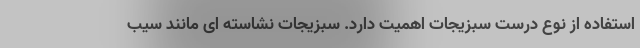
استفاده از نوع درست سبزیجات اهمیت دارد. سبزیجات نشاسته ای مانند سیب